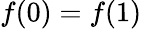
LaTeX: f(0)=f(1)